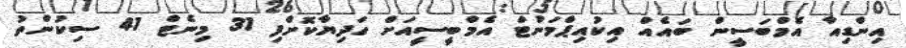
އިންޑިއާ އެމްބަސީން ބައެއް އިކުއިޕްމަންޓް އެމްބީސީއަށް ހަދިޔާކޮށްފި 31 މިނެޓް 41 ސިކުންތު